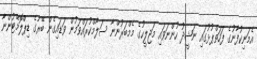
އެމަނިކުފާނުގެ ފަހަތްޕުޅުގައި ނަޝީދު ހުންނަވައި މަޖިލީހުގެ މެމްބަރުންނާ ސަލާމްކުރައްވަމުން ވަޑައިގެން ބޭރުގެ ޑިޕްލޮމޭޓުންނާ